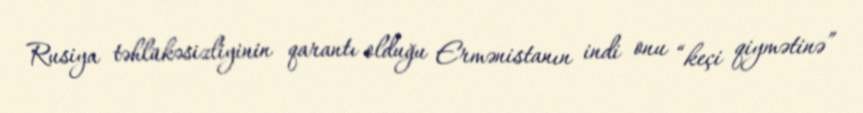
Rusiya təhlükəsizliyinin qarantı olduğu Ermənistanın indi onu “keçi qiymətinə”